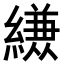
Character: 𮉈